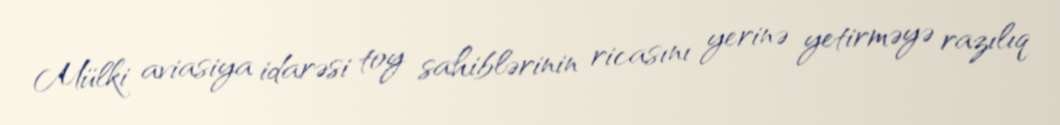
Mülki aviasiya idarəsi toy sahiblərinin ricasını yerinə yetirməyə razılıq